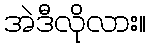
အဲဒီလိုလား။